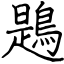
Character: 鶗